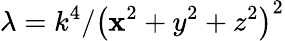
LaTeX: \lambda=k^{4}/\left(\mathbf{x}^{2}+y^{2}+z^{2}\right)^{2}